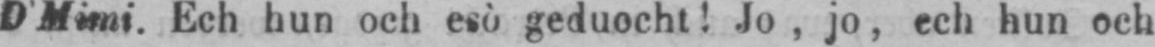
D’Mimi. Ech hun och esò geduocht! Jo, jo, ech hun och